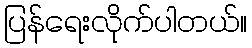
ပြန်ရေးလိုက်ပါတယ်။